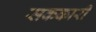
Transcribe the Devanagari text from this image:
सककारी